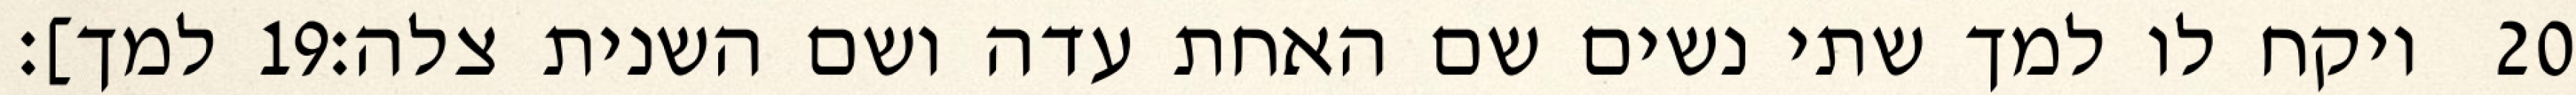
למך]׃ ‎19‏ ויקח לו למך שתי נשים שם האחת עדה ושם השנית צלה׃ ‎20‏